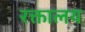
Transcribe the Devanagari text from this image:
रक्तालय